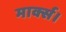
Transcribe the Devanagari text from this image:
मार्क्स।